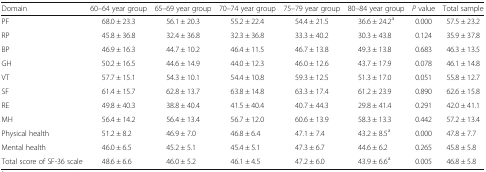
<table><thead><tr><td><b>Domain</b></td><td><b>60–64 year group</b></td><td><b>65–69 year group</b></td><td><b>70–74 year group</b></td><td><b>75–79 year group</b></td><td><b>80–84 year group</b></td><td><b><i>P</i> value</b></td><td><b>Total sample</b></td></tr></thead><tbody><tr><td>PF</td><td>68.0 ± 23.3</td><td>56.1 ± 20.3</td><td>55.2 ± 22.4</td><td>54.4 ± 21.5</td><td>36.6 ± 24.2<sup>a</sup></td><td>0.000</td><td>57.5 ± 23.2</td></tr><tr><td>RP</td><td>45.8 ± 36.8</td><td>32.4 ± 36.8</td><td>32.3 ± 36.8</td><td>33.3 ± 40.2</td><td>30.3 ± 43.8</td><td>0.124</td><td>35.9 ± 37.8</td></tr><tr><td>BP</td><td>46.9 ± 16.3</td><td>44.7 ± 10.2</td><td>46.4 ± 11.5</td><td>46.7 ± 13.8</td><td>49.3 ± 13.8</td><td>0.683</td><td>46.3 ± 13.5</td></tr><tr><td>GH</td><td>50.2 ± 16.5</td><td>44.6 ± 14.9</td><td>44.0 ± 12.3</td><td>46.0 ± 12.6</td><td>43.7 ± 17.9</td><td>0.078</td><td>46.1 ± 14.8</td></tr><tr><td>VT</td><td>57.7 ± 15.1</td><td>54.3 ± 10.1</td><td>54.4 ± 10.8</td><td>59.3 ± 12.5</td><td>51.3 ± 17.0</td><td>0.051</td><td>55.8 ± 12.7</td></tr><tr><td>SF</td><td>61.4 ± 15.7</td><td>62.8 ± 13.7</td><td>63.8 ± 14.8</td><td>63.3 ± 17.4</td><td>61.2 ± 23.9</td><td>0.890</td><td>62.6 ± 15.8</td></tr><tr><td>RE</td><td>49.8 ± 40.3</td><td>38.8 ± 40.4</td><td>41.5 ± 40.4</td><td>40.7 ± 44.3</td><td>29.8 ± 41.4</td><td>0.291</td><td>42.0 ± 41.1</td></tr><tr><td>MH</td><td>56.4 ± 14.2</td><td>56.4 ± 13.4</td><td>56.7 ± 12.0</td><td>60.6 ± 13.9</td><td>58.3 ± 13.3</td><td>0.442</td><td>57.2 ± 13.4</td></tr><tr><td>Physical health</td><td>51.2 ± 8.2</td><td>46.9 ± 7.0</td><td>46.8 ± 6.4</td><td>47.1 ± 7.4</td><td>43.2 ± 8.5<sup>a</sup></td><td>0.000</td><td>47.8 ± 7.7</td></tr><tr><td>Mental health</td><td>46.0 ± 6.5</td><td>45.2 ± 5.1</td><td>45.4 ± 5.1</td><td>47.3 ± 6.7</td><td>44.6 ± 6.2</td><td>0.265</td><td>45.8 ± 5.8</td></tr><tr><td>Total score of SF-36 scale</td><td>48.6 ± 6.6</td><td>46.0 ± 5.2</td><td>46.1 ± 4.5</td><td>47.2 ± 6.0</td><td>43.9 ± 6.6<sup>a</sup></td><td>0.005</td><td>46.8 ± 5.8</td></tr></tbody></table>